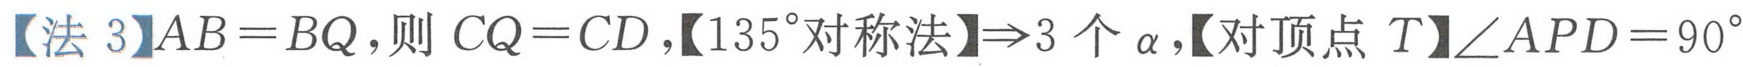
【法 3】\(AB = BQ\)，则 \(CQ = CD\)，【\(135^{\circ}\)对称法】\(\Rightarrow3\)个\(\alpha\)，【对顶点 \(T\)】\(\angle APD = 90^{\circ}\)